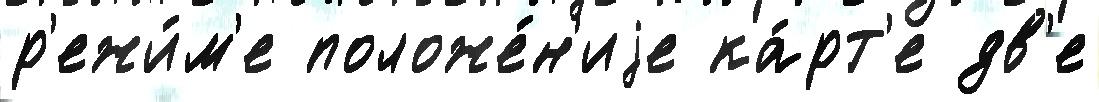
р'ежи́м'е положе́н'иjе ка́рт'е дв'е